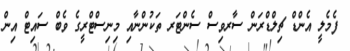
ފެމެލީ އެންޑް ޗިލްޑްރަން ސާރވިސް ސެންޓަރ ތަކުންނާއި މިނިސްޓްރީގެ ވެބް ސައިޓް އިން